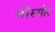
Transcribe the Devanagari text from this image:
मोंस्योर